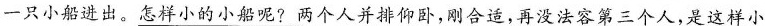
一只小船进出。\underline{怎样小的小船呢?两个人并排仰卧，刚合适，再没法容第三个人，是这样小}